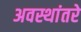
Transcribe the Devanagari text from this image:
अवस्थांतरे